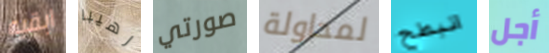
ابقيه رهيبا صورتي لمحاولة انبطح أجل